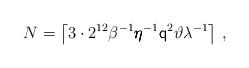
LaTeX: \begin{align*}N=\left\lceil 3 \cdot 2^{12}\beta^{-1}\pmb{\eta}^{-1}\mathsf{q}^2\vartheta\lambda^{-1}\right\rceil\,,\end{align*}